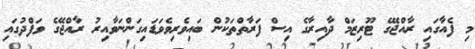
މި ފެއާގައި ރާއްޖޭގެ ޓޫރިޒަމް ދާއިރާގެ އިސް ފަރާތްތަކުން ބައިވެރިވެވަޑައިގަންނަވާއިރު ރާއްޖޭގެ ވަފްދުގައި